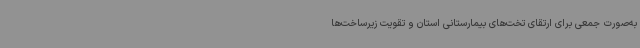
به‌صورت جمعی برای ارتقای تخت‌های بیمارستانی استان و تقویت زیرساخت‌ها